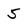
Character: 5